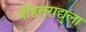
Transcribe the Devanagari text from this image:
पंडितराद्युला